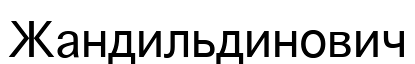
Жандильдинович